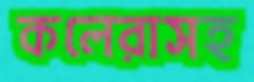
কলেরাসহ